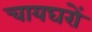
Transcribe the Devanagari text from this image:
चायघरों